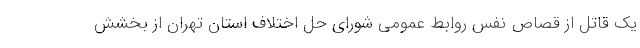
یک قاتل از قصاص نفس روابط عمومی شورای حل اختلاف استان تهران از بخشش